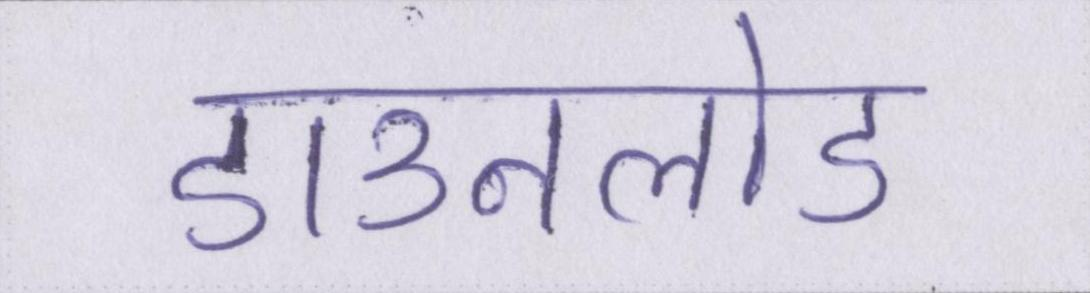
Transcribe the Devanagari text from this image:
डाउनलोड